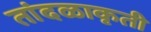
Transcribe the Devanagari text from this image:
तांदळाकृती